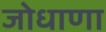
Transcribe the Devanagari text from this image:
जोधाणा